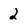
Character: 2